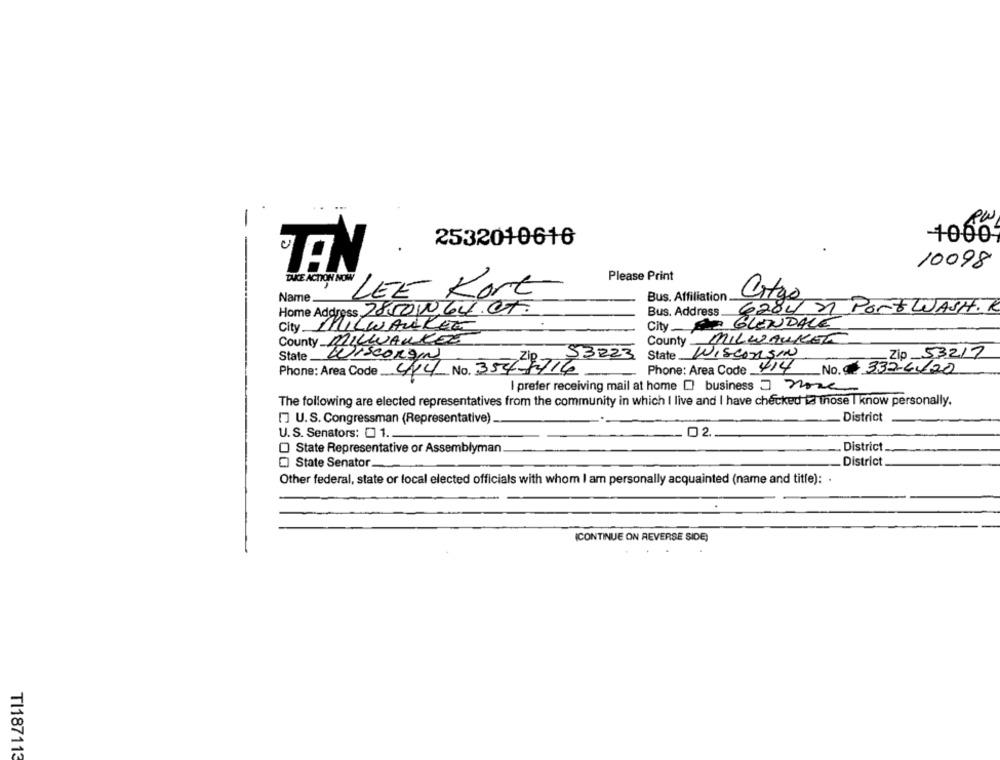
-
2532010616
+060
10098
TAICE ACTION NOW
Please Print
Name
LEE Kort
Bus. Affiliation
City
Home Address 78500.64.01.
Bus. Address.
628421 Port WASH.R
City
City AR GLENDALE
MILWAUKEE
County MILWAUKEE
County
MILWAUKEE
State
53223
State __
WISCONSIN
Zip 53217
Wisconsin
414
Phone: Area Code
44 No. 3577714
Phone: Area Code _
No. 0 337-4/20
I prefer receiving mail at home business - none
The following are elected representatives from the community in which I live and I have checked ta those I know personally.
District
[] U.S. Congressman (Representative)
02.
U. S. Senators: 01.
O State Representative or Assemblyman.
District
C] State Senator.
District
Other federal, state or local elected officials with whom I am personally acquainted (name and title): .
(CONTINUE ON REVERSE SIDE)
TI187113